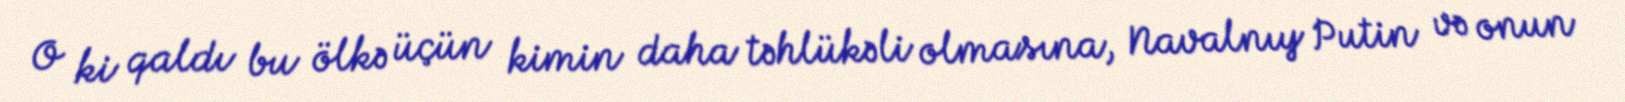
O ki qaldı bu ölkə üçün kimin daha təhlükəli olmasına, Navalnıy Putin və onun